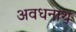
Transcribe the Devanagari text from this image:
अवधनाथ